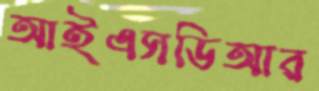
আইএসডিআর